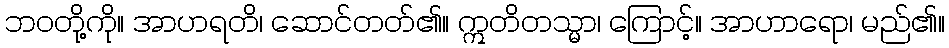
ဘဝတို့ကို။ အာဟရတိ၊ ဆောင်တတ်၏။ ဣတိတသ္မာ၊ ကြောင့်။ အာဟာရော၊ မည်၏။